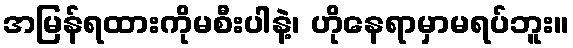
အမြန်ရထားကိုမစီးပါနဲ့၊ ဟိုနေရာမှာမရပ်ဘူး။